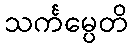
သင်္ကမ္ပေတိ